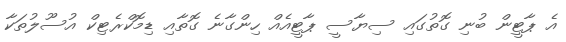
އެ ޕާޓީން ބުނި ގޮތުގައި ސިޔާސީ ޕާޓީއެއް ހިންގާނެ ގޮތާއި ޑިމޮކްރެޓިކް އުސޫލުތަކާ